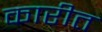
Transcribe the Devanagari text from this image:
कारीत